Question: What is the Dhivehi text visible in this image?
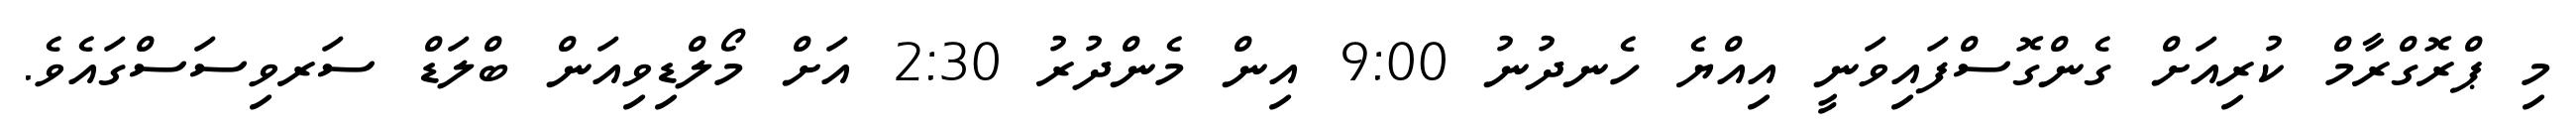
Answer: މި ޕްރޮގްރާމް ކުރިއަށް ގެންގޮސްފައިވަނީ އިއްޔެ ހެނދުނު 9:00 އިން މެންދުރު 2:30 އަށް މޯލްޑިވިއަން ބްލަޑް ސަރވިސަސްގައެވެ.